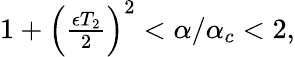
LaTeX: \begin{array}{r}{1+\left(\frac{\epsilon T_{2}}{2}\right)^{2}<\alpha/\alpha_{c}<2,}\end{array}